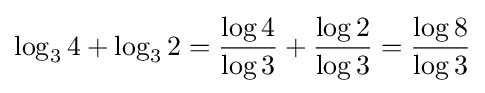
\log _{3}4+\log _{3}2={\frac {\log 4}{\log 3}}+{\frac {\log 2}{\log 3}}={\frac {\log 8}{\log 3}}